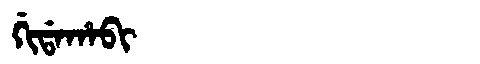
Manchu: ᡤᡳᡩᠠᡥᠠᠪᡳ
Romanization: GIDAHABI